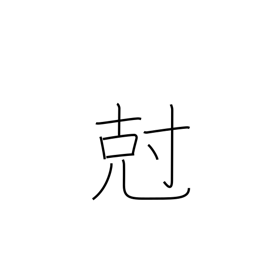
Meaning: subdue